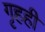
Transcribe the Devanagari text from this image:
गृहही